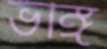
ভঙ্গি